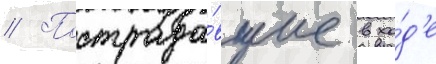
// Пострада́вшие в хо́д'е